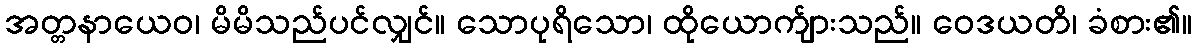
အတ္တနာယေဝ၊ မိမိသည်ပင်လျှင်။ သောပုရိသော၊ ထိုယောက်ျားသည်။ ဝေဒယတိ၊ ခံစား၏။